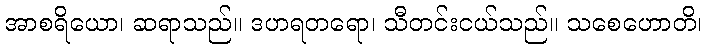
အာစရိယော၊ ဆရာသည်။ ဒဟရတရော၊ သီတင်းငယ်သည်။ သစေဟောတိ၊